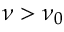
\nu > \nu _ { 0 }